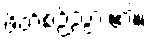
ဖိတ်စဉ်သွား၏။